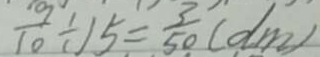
\frac { 9 } { 1 0 } \div 1 5 = \frac { 3 } { 5 0 } ( d m )